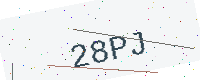
Text: 28PJ